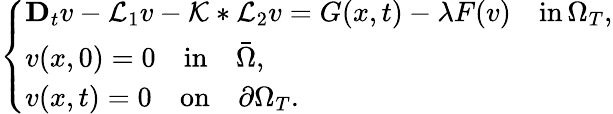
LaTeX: \left\{ \begin{array}{ll}{\mathbf{D}_{t}v-\mathcal{L}_{1}v-\mathcal{K}*\mathcal{L}_{2}v=G(x,t)-\lambda F(v)\quad\mathrm{in}\, \Omega_{T},}\\ {v(x,0)=0\quad\mathrm{in}\quad\bar{\Omega},}\\ {v(x,t)=0\quad\mathrm{on}\quad\partial\Omega_{T}.}\end{array}\right.